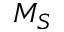
M _ { S }